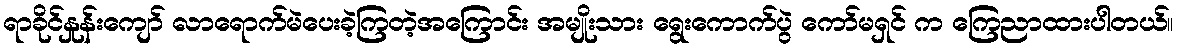
ရာခိုင်နှုန်းကျော် လာရောက်မဲပေးခဲ့ကြတဲ့အကြောင်း အမျိုးသား ရွေးကောက်ပွဲ ကော်မရှင် က ကြေညာထားပါတယ်။